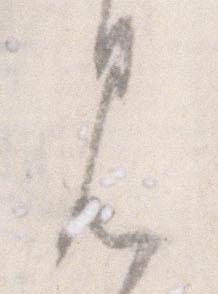
見